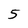
Character: 5